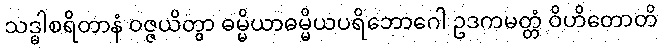
သဒ္ဓါစရိတာနံ ဝဇ္ဇယိတွာ ဓမ္မိယာဓမ္မိယပရိဘောဂေါ ဥဒကမတ္တံ ဝိဟိတောတိ